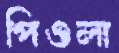
পিওলা